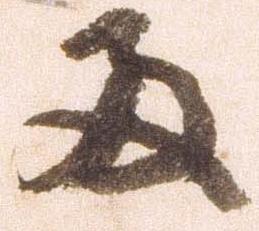
両